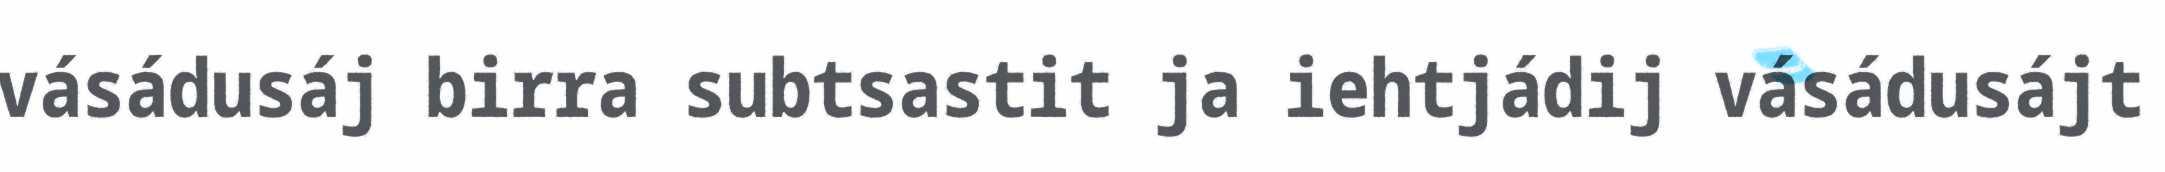
vásádusáj birra subtsastit ja iehtjádij vásádusájt